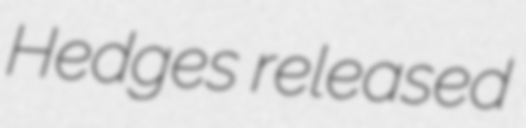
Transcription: Hedges released